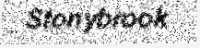
Stonybrook